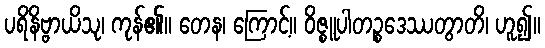
ပရိနိဗ္ဗာယိသု၊ ကုန်၏။ တေန၊ ကြောင့်။ ဝိဇ္စူပါတဉ္စဒေဿတွာတိ၊ ဟူ၍။